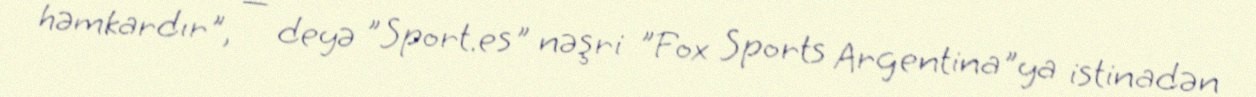
həmkardır", — deyə "Sport.es" nəşri "Fox Sports Argentina"ya istinadən